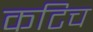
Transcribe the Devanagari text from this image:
कटिच